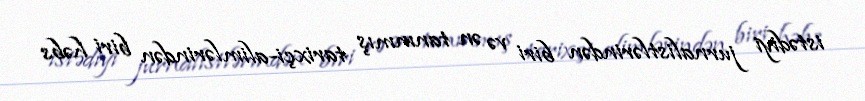
istədiyi jurnalistlərindən biri və ən tanınmış tarixçi-alimlərindən biri həbs